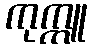
ကုက္ကူ